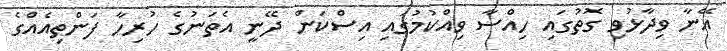
އޭނާ ވިދާޅުވި ގޮތުގައި ހިއްސާ ވިއްކުމުގައި އިސްކަން ދޭނީ އެތަނުގެ ހުރިހާ ފަންތިއެއްގެ